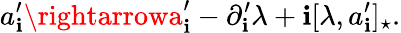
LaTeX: a_{\mathbf{i}}^{\prime}\rightarrowa_{\mathbf{i}}^{\prime}-\partial_{\mathbf{i}}^{\prime}\lambda+\mathbf{i}[\lambda,a_{\mathbf{i}}^{\prime}]_{\star}.